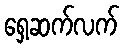
ရှေ့ဆက်လက်